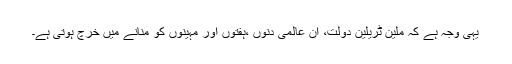
یہی وجہ ہے کہ ملین ٹریلین دولت، اِن عالمی دنوں ،ہفتوں اور مہینوں کو منانے میں خرچ ہوتی ہے۔